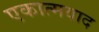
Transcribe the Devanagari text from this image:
एकात्मवाद